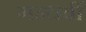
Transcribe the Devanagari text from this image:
गन्धर्वी